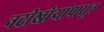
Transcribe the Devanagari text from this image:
नदीखोर्‍यांपासून